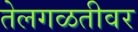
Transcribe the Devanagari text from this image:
तेलगळतीवर